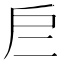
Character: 𢨧